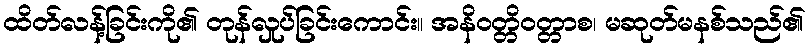
ထိတ်လန့်ခြင်းကို၏ တုန်လှုပ်ခြင်းကောင်း။ အနိဝတ္တိဝတ္တာစ၊ မဆုတ်မနစ်သည်၏